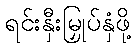
ရင်းနှီးမြှုပ်နှံဖို့